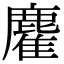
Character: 𪋇